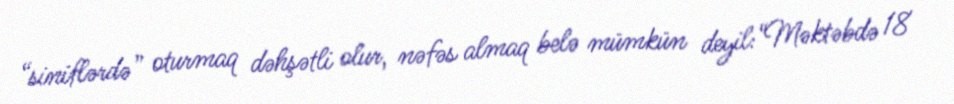
“siniflərdə” oturmaq dəhşətli olur, nəfəs almaq belə mümkün deyil:“Məktəbdə 18